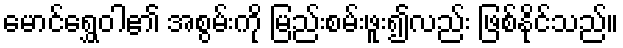
မောင်ရွှေဝါ၏ အစွမ်းကို မြည်းစမ်းဖူး၍လည်း ဖြစ်နိုင်သည်။